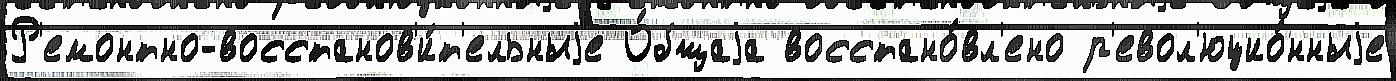
Р'емонтно-восстанов'и́т'ельныjе О́бщаjа восстано́вл'ено р'евол'юцио́нныjе